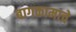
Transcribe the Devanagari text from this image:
बागकामाचे